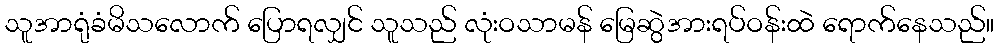
သူအာရုံခံမိသလောက် ပြောရလျှင် သူသည် လုံးဝသာမန် မြေဆွဲအားရပ်ဝန်းထဲ ရောက်နေသည်။